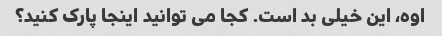
اوه، این خیلی بد است. کجا می توانید اینجا پارک کنید؟